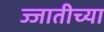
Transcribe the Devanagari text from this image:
ज्जातीच्या